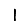
Digit: 1